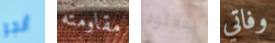
أنجو مقاومته يفعلوه وفاتي